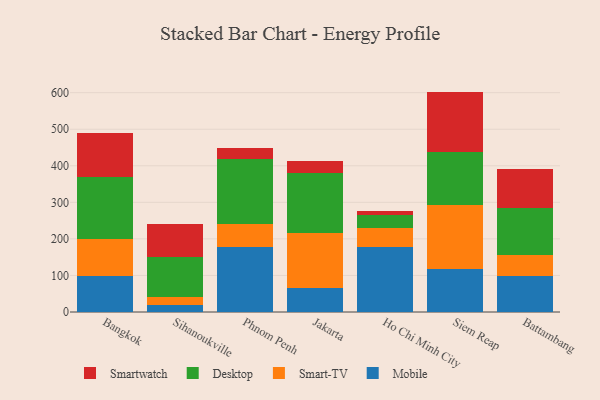
{"axis": {"x": "City", "y": "Latency (ms)"}, "legend": ["Desktop", "Mobile", "Smart-TV", "Smartwatch"], "data": [{"x": "Bangkok", "y": 97.9, "type": "Mobile"}, {"x": "Bangkok", "y": 101.5, "type": "Smart-TV"}, {"x": "Bangkok", "y": 169.1, "type": "Desktop"}, {"x": "Bangkok", "y": 121.6, "type": "Smartwatch"}, {"x": "Sihanoukville", "y": 18.6, "type": "Mobile"}, {"x": "Sihanoukville", "y": 21.6, "type": "Smart-TV"}, {"x": "Sihanoukville", "y": 109.6, "type": "Desktop"}, {"x": "Sihanoukville", "y": 91.9, "type": "Smartwatch"}, {"x": "Phnom Penh", "y": 176.9, "type": "Mobile"}, {"x": "Phnom Penh", "y": 63.6, "type": "Smart-TV"}, {"x": "Phnom Penh", "y": 177.0, "type": "Desktop"}, {"x": "Phnom Penh", "y": 31.7, "type": "Smartwatch"}, {"x": "Jakarta", "y": 65.2, "type": "Mobile"}, {"x": "Jakarta", "y": 150.5, "type": "Smart-TV"}, {"x": "Jakarta", "y": 163.9, "type": "Desktop"}, {"x": "Jakarta", "y": 34.6, "type": "Smartwatch"}, {"x": "Ho Chi Minh City", "y": 177.9, "type": "Mobile"}, {"x": "Ho Chi Minh City", "y": 52.5, "type": "Smart-TV"}, {"x": "Ho Chi Minh City", "y": 35.2, "type": "Desktop"}, {"x": "Ho Chi Minh City", "y": 10.9, "type": "Smartwatch"}, {"x": "Siem Reap", "y": 118.8, "type": "Mobile"}, {"x": "Siem Reap", "y": 173.0, "type": "Smart-TV"}, {"x": "Siem Reap", "y": 144.6, "type": "Desktop"}, {"x": "Siem Reap", "y": 166.5, "type": "Smartwatch"}, {"x": "Battambang", "y": 97.3, "type": "Mobile"}, {"x": "Battambang", "y": 59.9, "type": "Smart-TV"}, {"x": "Battambang", "y": 128.3, "type": "Desktop"}, {"x": "Battambang", "y": 106.0, "type": "Smartwatch"}]}